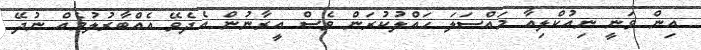
އިން ވަނީ ނިއުކްލިއާ މައްސަލަ ހައްލުކުރަން ވެސް އީރާނުން އެދެވޭ އެއްބާރުލުމެއް ނުދޭ